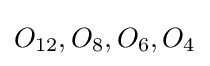
O_{12},O_{8},O_{6},O_{4}